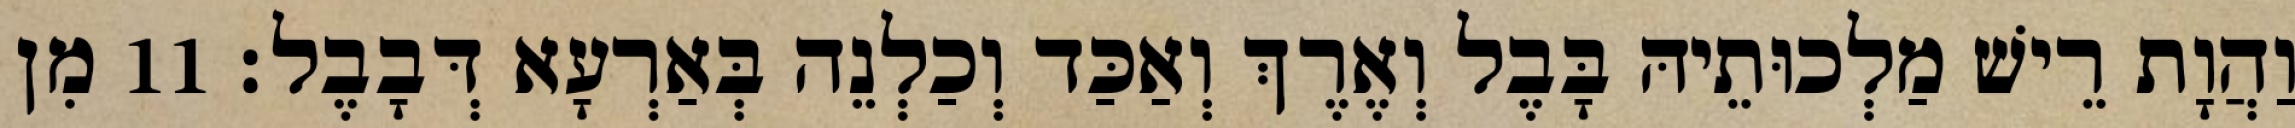
וַהֲוָת רֵישׁ מַלְכוּתֵיהּ בָּבֶל וְאֶרֶךְ וְאַכַּד וְכַלְנֵה בְּאַרְעָא דְּבָבֶל׃ 11 מִן